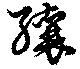
纕